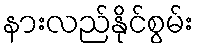
နားလည်နိုင်စွမ်း